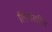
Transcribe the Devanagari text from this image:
लिंगांसहित